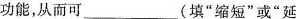
功能，从而可___(填”缩短”或”延